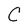
Character: C